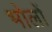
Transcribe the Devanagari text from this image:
भोलों